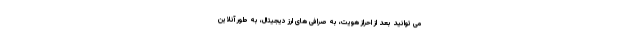
می توانید بعد از احراز هویت، به صرافی های ارز دیجیتال، به طور آنلاین